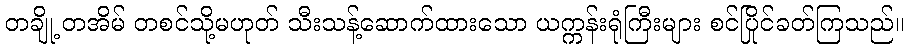
တချို့ တအိမ် တစင်သို့မဟုတ် သီးသန့်ဆောက်ထားသော ယက္ကန်းရုံကြီးများ စင်ပြိုင်ခတ်ကြသည်။